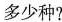
多少种?